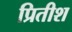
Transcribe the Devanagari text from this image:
प्रितीश